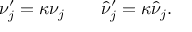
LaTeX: \nu _ { j } ^ { \prime } = \kappa \nu _ { j } \quad \quad \hat { \nu } _ { j } ^ { \prime } = \kappa \hat { \nu } _ { j } .